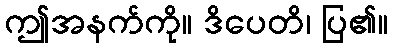
ဤအနက်ကို။ ဒိပေတိ၊ ပြ၏။